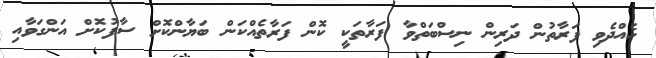
ހެއްދެވި ފަރާތުން ދަރިން ނިސްބަތްވާ ފަރާތަކީ ކޮން ފަރާތެއްކަން ބަޔާންކޮށް ސާފުކޮށް އަންގަވާއި